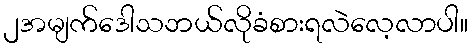
၂အမျက်ဒေါသဘယ်လိုခံစားရလဲလေ့လာပါ။